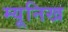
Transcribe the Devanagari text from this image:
म्‍यूनिख